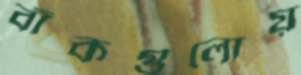
বাঁকগুলোয়